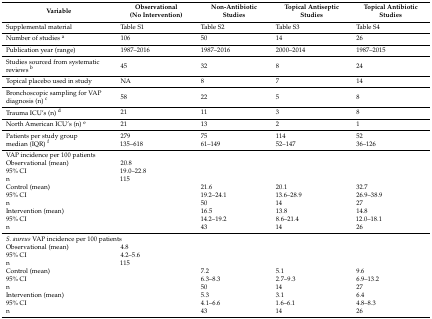
<table><thead><tr><td><b>Variable</b></td><td><b>Observational (No Intervention)</b></td><td><b>Non-Antibiotic Studies</b></td><td><b>Topical Antiseptic Studies</b></td><td><b>Topical Antibiotic Studies</b></td></tr></thead><tbody><tr><td>Supplemental material</td><td>Table S1</td><td>Table S2</td><td>Table S3</td><td>Table S4</td></tr><tr><td>Number of studies <sup>a</sup></td><td>106</td><td>50</td><td>14</td><td>26</td></tr><tr><td>Publication year (range)</td><td>1987–2016</td><td>1987–2016</td><td>2000–2014</td><td>1987–2015</td></tr><tr><td>Studies sourced from systematic reviews <sup>b</sup></td><td>45</td><td>32</td><td>8</td><td>24</td></tr><tr><td>Topical placebo used in study</td><td>NA</td><td>8</td><td>7</td><td>14</td></tr><tr><td>Bronchoscopic sampling for VAP diagnosis (n) <sup>c</sup></td><td>58</td><td>22</td><td>5</td><td>8</td></tr><tr><td>Trauma ICU’s (n) <sup>d</sup></td><td>21</td><td>11</td><td>3</td><td>8</td></tr><tr><td>North American ICU’s (n) <sup>e</sup></td><td>21</td><td>13</td><td>2</td><td>1</td></tr><tr><td>Patients per study group median (IQR) <sup>f</sup></td><td>279135–618</td><td>7561–149</td><td>11452–147</td><td>5236–126</td></tr><tr><td colspan="2">VAP incidence per 100 patients</td><td></td><td></td><td></td></tr><tr><td>Observational (mean)95% CIn</td><td>20.819.0–22.8115</td><td></td><td></td><td></td></tr><tr><td>Control (mean)95% CIn</td><td></td><td>21.619.2–24.150</td><td>20.113.6–28.914</td><td>32.726.9–38.927</td></tr><tr><td>Intervention (mean)95% CIn</td><td></td><td>16.514.2–19.243</td><td>13.88.6–21.414</td><td>14.8 12.0–18.126</td></tr><tr><td colspan="2"><i>S. aureus</i> VAP incidence per 100 patients</td><td></td><td></td><td></td></tr><tr><td>Observational (mean)95% CIn</td><td>4.84.2–5.6115</td><td></td><td></td><td></td></tr><tr><td>Control (mean)95% CIn</td><td></td><td>7.26.3–8.350</td><td>5.12.7–9.314</td><td>9.66.9–13.227</td></tr><tr><td>Intervention (mean)95% CIn</td><td></td><td>5.34.1–6.643</td><td>3.11.6–6.114</td><td>6.44.8–8.326</td></tr></tbody></table>